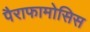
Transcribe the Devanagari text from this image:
पैराफामोसिस